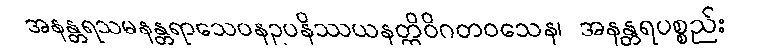
အနန္တရသမနန္တရာသေဝနဥပနိဿယနတ္ထိဝိဂတဝသေန၊ အနန္တရပစ္စည်း